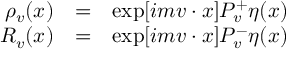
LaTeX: \begin{array} { r c l } { { \rho _ { v } ( x ) } } & { { = } } & { { \exp [ i m v \cdot x ] P _ { v } ^ { + } \eta ( x ) } } \\ { { R _ { v } ( x ) } } & { { = } } & { { \exp [ i m v \cdot x ] P _ { v } ^ { - } \eta ( x ) } } \end{array}